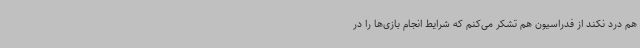
هم درد نکند از فدراسیون هم تشکر می‌کنم که شرایط انجام بازی‌ها را در